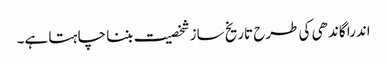
اندرا گاندھی کی طرح تاریخ ساز شخصیت بننا چا ہتا ہے۔